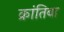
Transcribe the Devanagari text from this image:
क्रांतिबा